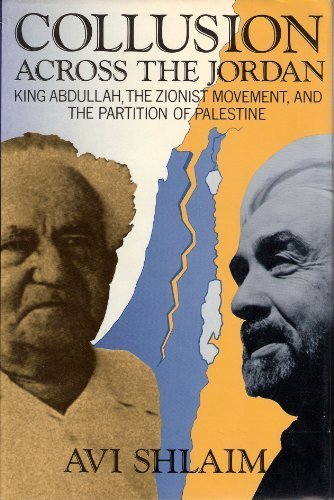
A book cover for Collusion Across the Jordan: King Abdullah, the Zionist Movement, and the Partition of Palestine; Avi Shlaim; History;